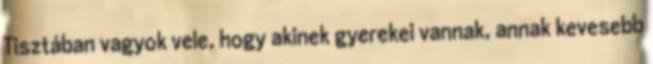
Tisztában vagyok vele, hogy akinek gyerekei vannak, annak kevesebb